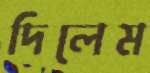
দিলেম